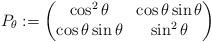
LaTeX: \begin{align*}P_{\theta}:=\begin{pmatrix} \cos^2\theta& \cos\theta \sin \theta \\ \cos \theta \sin \theta & \sin^2\theta \end{pmatrix}\end{align*}